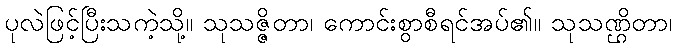
ပုလဲဖြင့်ပြီးသကဲ့သို့။ သုသဇ္ဇိတာ၊ ကောင်းစွာစီရင်အပ်၏။ သုသဏ္ဌိတာ၊